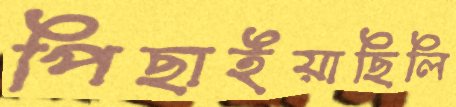
পিছাইয়াছিলি